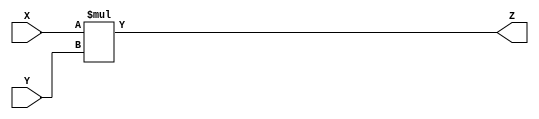
`timescale 1ns / 1ps

module MUL(
    input [31:0] X, Y,
    output reg [31:0] Z
    );
    
always @ (X, Y) begin
    Z = X * Y;
end

endmodule